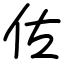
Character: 佐